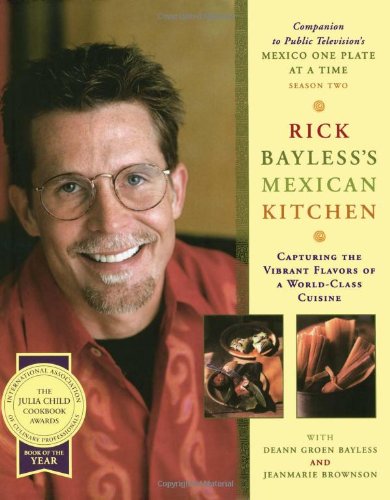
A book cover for Rick Bayless's Mexican Kitchen: Capturing the Vibrant Flavors of a World-Class Cuisine; Rick Bayless; Cookbooks, Food & Wine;